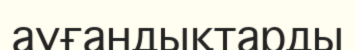
ауғандықтарды